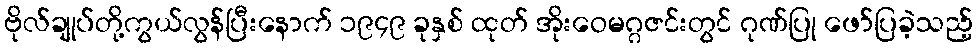
ဗိုလ်ချုပ်တို့ကွယ်လွန်ပြီးနောက် ၁၉၄၉ ခုနှစ် ထုတ် အိုးဝေမဂ္ဂဇင်းတွင် ဂုဏ်ပြု ဖော်ပြခဲ့သည့်